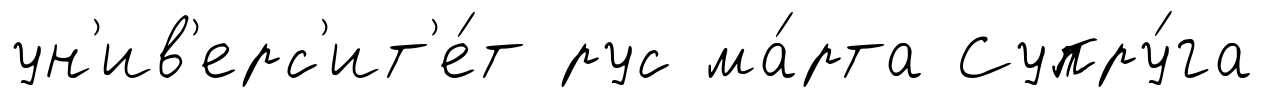
ун'ив'ерс'ит'е́т рус ма́рта Супру́га